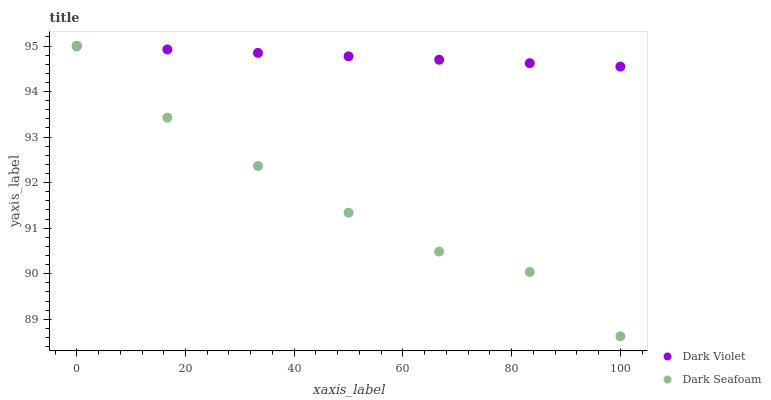
| xaxis_label | Dark Violet | Dark Seafoam |
 | --- | --- | --- |
 | 0 | 95 | 95 |
 | 16.7 | 94.9 | 93.4 |
 | 33.3 | 94.8 | 92.4 |
 | 50 | 94.8 | 91.3 |
 | 66.7 | 94.7 | 90.5 |
 | 83.3 | 94.6 | 90 |
 | 100 | 94.5 | 88.6 |